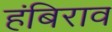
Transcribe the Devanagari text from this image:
हंबिराव